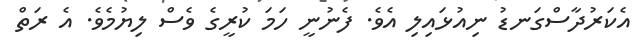
އެކަރުދާސްގަނޑު ނިއުޅައިލި އެވެ. ފެނުނީ ހަމަ ކުރީގެ ވެސް ލިޔުމެވެ. އެ ރަތް